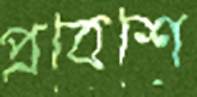
প্রবেশে